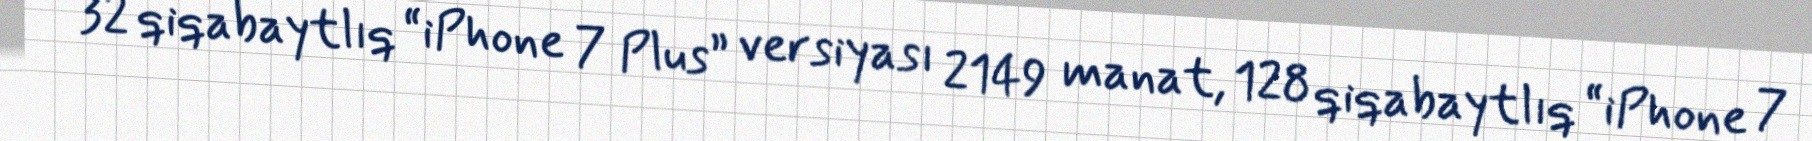
32 qiqabaytlıq “iPhone 7 Plus” versiyası 2149 manat, 128 qiqabaytlıq “iPhone 7